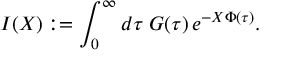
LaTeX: I ( X ) : = \int _ { 0 } ^ { \infty } d \tau \; G ( \tau ) \, e ^ { - X \Phi ( \tau ) } .